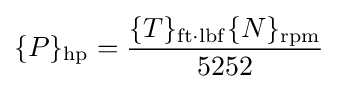
\{P\}_{\mathrm {hp} }={\frac {\{T\}_{\mathrm {ft{\cdot }lbf} }\{N\}_{\mathrm {rpm} }}{5252}}